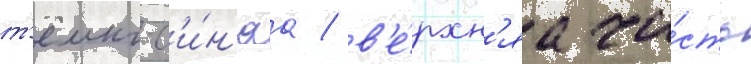
т'ёмно-с'и́н'яа / в'е́рхн'яа ча́сть